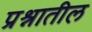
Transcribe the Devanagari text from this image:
प्रश्नातील